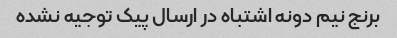
برنج نیم دونه اشتباه در ارسال پیک توجیه نشده